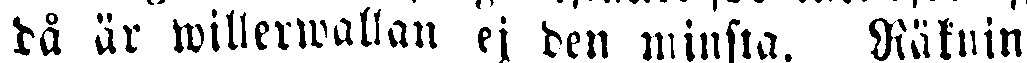
dä är willerwallan ej den minsta. Räknin